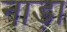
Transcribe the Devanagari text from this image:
नाड़ा